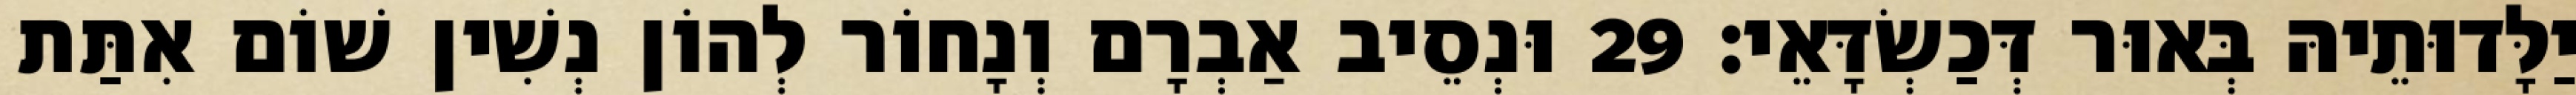
יַלָּדוּתֵיהּ בְּאוּר דְּכַשְׂדָּאֵי׃ 29 וּנְסֵיב אַבְרָם וְנָחוֹר לְהוֹן נְשִׁין שׁוֹם אִתַּת